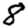
Digit: 8